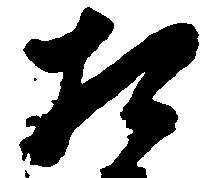
相